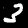
Digit: 3